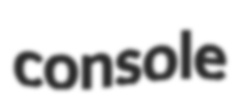
console